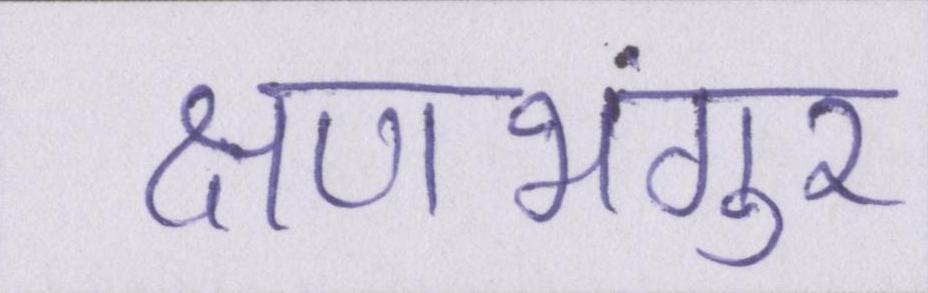
क्षणभंगुर